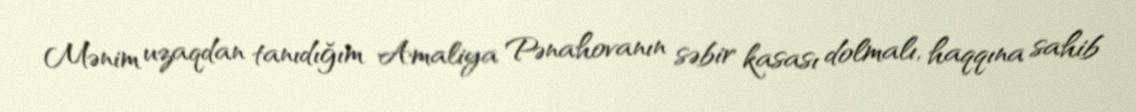
Mənim uzaqdan tanıdığım Amaliya Pənahovanın səbir kasası dolmalı, haqqına sahib